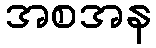
အစအန